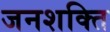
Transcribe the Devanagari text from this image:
जनशक्‍ति